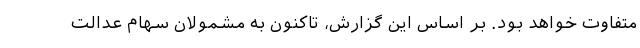
متفاوت خواهد بود. بر اساس این گزارش، تاکنون به مشمولان سهام عدالت